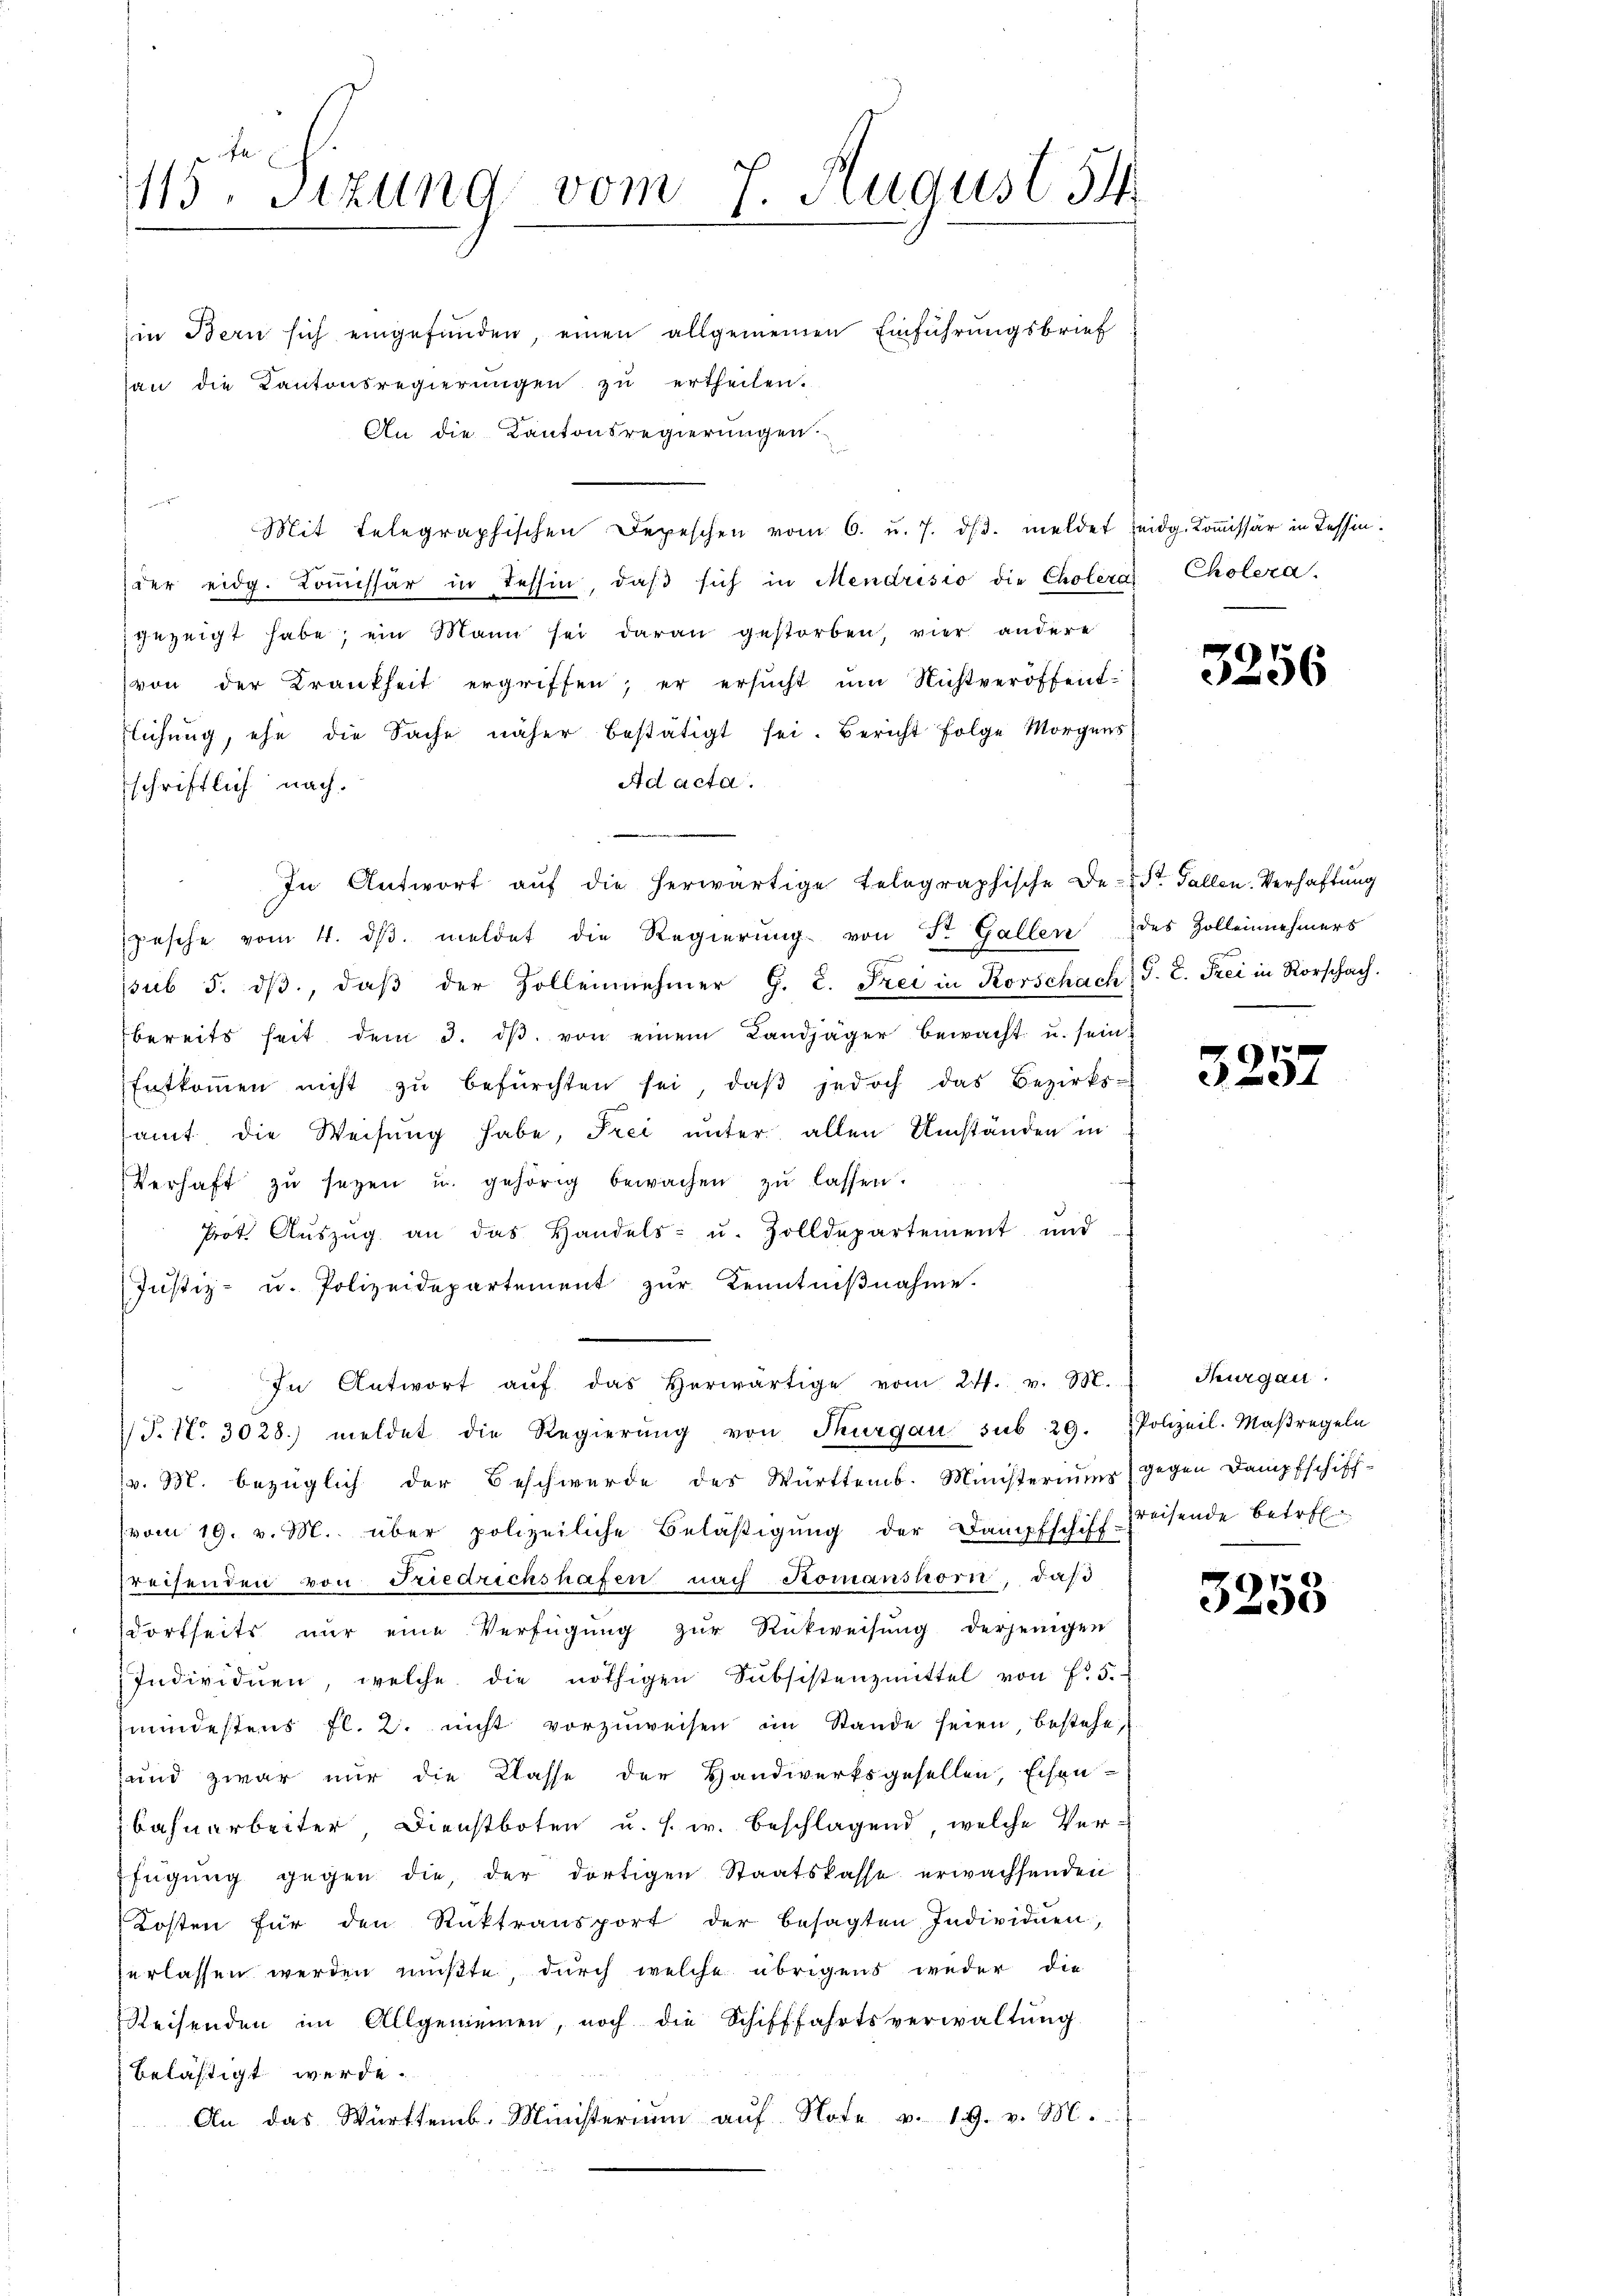
1115. Sitzung vom 7. August 14

in Bern sich eingefunden, einen allgemeinen Einführungsbrief
an die Kantonsregierungen zu ertheilen.
An die Kantonsregierungen.
i
Mit telegraphischen Depeschen vom 6. u. 7. dβ. meldet eidg. Kommissär in Tessin.
der eidg. Kommissär in Tessin, daβ sich in Mendrisio die Cholera Cholera.
gezeigt habe; ein Mann sei daran gestorben, vier andere
von der Krankheit ergriffen; er ersŭcht ŭm Nichtveröffent-
flichung, ehe die Sache näher bestätigt sei. Bericht folge Morgens
Ad acta.
schriftlich nach.
pesche vom 4. dβ meldet die Regierŭng von St. Gallen des Zolleinehmers
psub 5. dβ, daβ der Zollenehmer G. C. Frei in Korschach) J. C. Frei in Vorschach.
bereits heit dem 3. dβ von einem Landjäger bewacht u. sein
Entkoṁen nicht zŭ befürchten sei, daβ jedoch das Bezirks-
samt die Weisung habe, Frei unter allen Umständen in
Verhaft zŭ sezen u. gehörig bewachen zŭ lassen.
Prot. Aŭszŭg an das Handels- u. Zolldepartement und
Justiz- u. Polizeidepartement zŭr Kenntniβnahme.
In Antwort aŭf das herwärtige vom 24. v. M. Thurgau.
P. Nr. 3028.) meldet die Regierŭng von Thurgau sub 29. Polizeil. Maβregeln
(v. M. bezüglich der Beschwerde des Württemb. Ministeriums gegen Dampfschiff-
(vom 19. v. M. über polizeiliche Beläβigŭng der Dampfschiff Kreisende betrefreisenden von Friedrichshafen nach Romanshorn, daß
dortseits nŭr eine Verfügŭng zŭr Rückweisŭng derjenigen
Individuen, welche die nöthigen Subsistenzmittel von Fr. 5.
mndestens fl. 2. nicht vorzŭweisen im Stande seien, bestehe,
und zwar nur die Classe der Handwerksgesellen, Eisen-
Bahnarbeiter Dienstboten u. s. w. beschlagend, welche Verfügŭng gegen die, der dortigen Staatskasse erwachsenden
Kosten für den Rüktransport der besagten Individuen,
verlassen werden mußte, durch welche übrigens weder die
Reisenden im Allgemeinen, noch die Schifffahrtsverwaltŭng
belästigt werde.
An das Württemb. Ministerium auf Note v. 19. v. M.

In Antwort aŭf die herwärtige telegraphische De-St. Gallen-Verhaftŭng

3256

.
et

3258